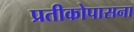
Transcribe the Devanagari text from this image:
प्रतीकोपासना